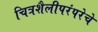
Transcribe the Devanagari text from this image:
चित्रशैलीपरंपरेचे